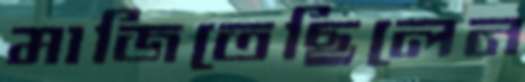
মাজিতেছিলেন